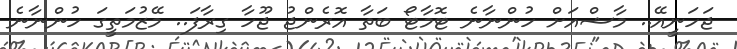
ޖަހަނީއޭ.. މާޝްއަށް ހުންނާނެ ޓޮމާޓޯ ބަތާ އޮރެންޖު ޖޫހާ ގިރާފަ.. މޭޒުމަތީގަ ހުންނާނެ